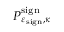
P _ { \varepsilon _ { \mathrm { s i g n } } , \kappa } ^ { \mathrm { s i g n } }